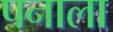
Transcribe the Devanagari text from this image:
पनाला